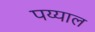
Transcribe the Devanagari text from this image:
पय्याल